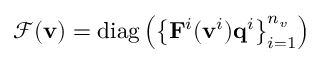
\mathcal { F } ( \mathbf { v } ) = \operatorname { d i a g } \left( \left\{ \mathbf { F } ^ { i } ( \mathbf { v } ^ { i } ) \mathbf { q } ^ { i } \right\} _ { i = 1 } ^ { n _ { v } } \right)